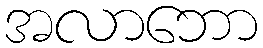
အလာဘော